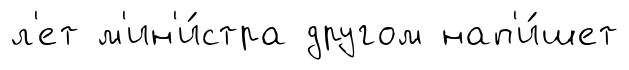
л'ет м'ин'и́стра другом нап'и́шет